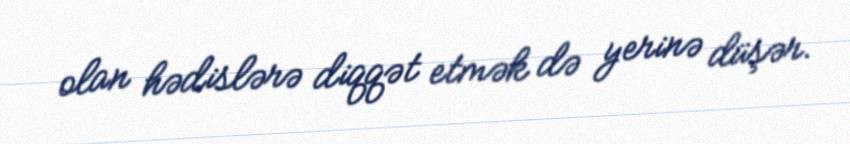
olan hədislərə diqqət etmək də yerinə düşər.